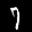
Label: 7